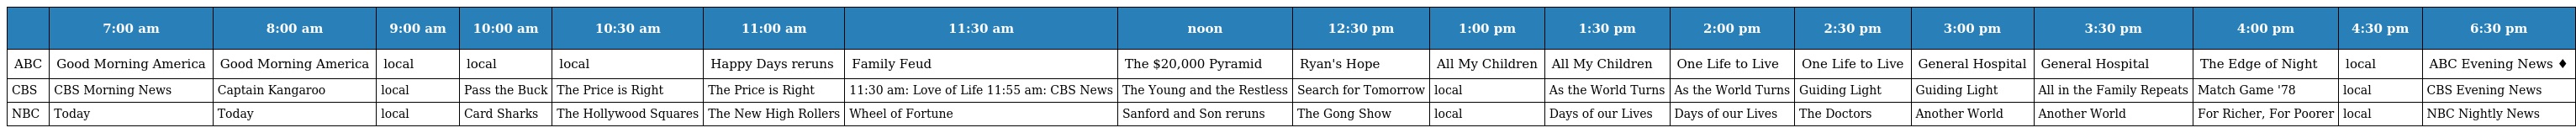
|  | 7:00 am | 8:00 am | 9:00 am | 10:00 am | 10:30 am | 11:00 am | 11:30 am | noon | 12:30 pm | 1:00 pm | 1:30 pm | 2:00 pm | 2:30 pm | 3:00 pm | 3:30 pm | 4:00 pm | 4:30 pm | 6:30 pm |
 | --- | --- | --- | --- | --- | --- | --- | --- | --- | --- | --- | --- | --- | --- | --- | --- | --- | --- | --- |
 | ABC | Good Morning America | Good Morning America | local | local | local | Happy Days reruns | Family Feud | The $20,000 Pyramid | Ryan's Hope | All My Children | All My Children | One Life to Live | One Life to Live | General Hospital | General Hospital | The Edge of Night | local | ABC Evening News ♦ |
 | CBS | CBS Morning News | Captain Kangaroo | local | Pass the Buck | The Price is Right | The Price is Right | 11:30 am: Love of Life 11:55 am: CBS News | The Young and the Restless | Search for Tomorrow | local | As the World Turns | As the World Turns | Guiding Light | Guiding Light | All in the Family Repeats | Match Game '78 | local | CBS Evening News |
 | NBC | Today | Today | local | Card Sharks | The Hollywood Squares | The New High Rollers | Wheel of Fortune | Sanford and Son reruns | The Gong Show | local | Days of our Lives | Days of our Lives | The Doctors | Another World | Another World | For Richer, For Poorer | local | NBC Nightly News |